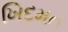
ખિદમત